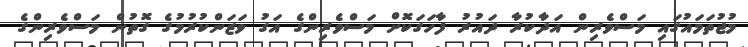
މުޖުތަމައުގައި މަސްވެރިން އަދާކުރާ ދައުރު ފާހަގަކޮށް މަސްވެރިންގެ އަގު ވަޒަންކުރުމުގެ ގޮތުން މަސްވެރިންގެ